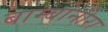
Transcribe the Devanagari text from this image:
बाम्बोनीरा